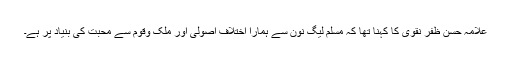
علامہ حسن ظفر نقوی کا کہنا تھا کہ مسلم لیگ نون سے ہمارا اختلاف اصولی اور ملک وقوم سے محبت کی بنیاد پر ہے۔